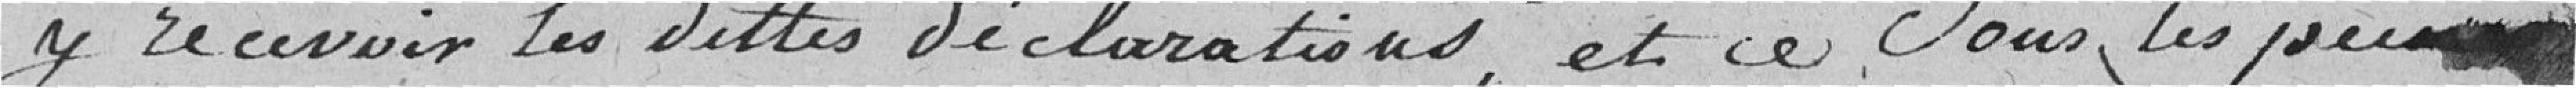
y recevoir les dites déclarations, et ce sous les peines